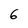
Character: 6